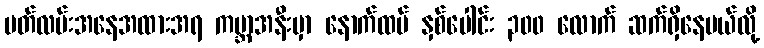
ပတ်လမ်းအနေအထားအရ ကမ္ဘာအနီးမှာ နောက်ထပ် နှစ်ပေါင်း ၃၀၀ လောက် ဆက်ရှိနေမယ်လို့